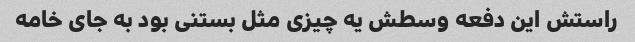
راستش این دفعه وسطش یه چیزی مثل بستنی بود به جای خامه